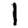
Digit: 1